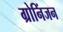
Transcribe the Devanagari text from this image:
ग्रोनिंजन